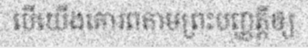
បើយើងគោរពតាមព្រះបញ្ញត្តិឲ្យ